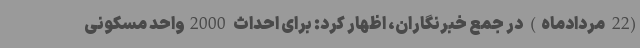
(22 مردادماه) در جمع خبرنگاران، اظهار کرد: برای احداث 2000واحد مسکونی